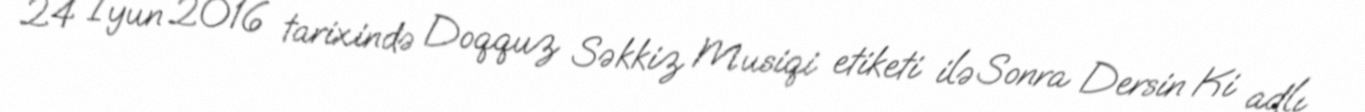
24 İyun 2016 tarixində Doqquz Səkkiz Musiqi etiketi ilə Sonra Dersin Ki adlı